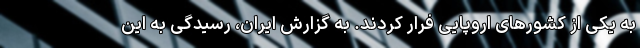
به یکی از کشورهای اروپایی فرار کردند. به گزارش ایران، رسیدگی به این